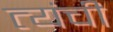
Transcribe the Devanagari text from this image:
त्यंची